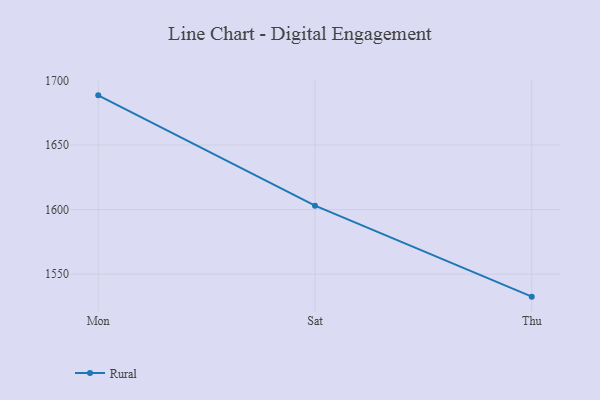
{"axis": {"x": "Day", "y": "Headcount"}, "legend": ["Rural"], "data": [{"x": "Mon", "y": 1688.4, "type": "Rural"}, {"x": "Sat", "y": 1603.0, "type": "Rural"}, {"x": "Thu", "y": 1532.6, "type": "Rural"}]}